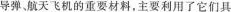
导弹、航天飞机的重要材料，主要利用了它们具